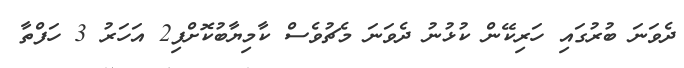
ދެވަނަ ބުރުގައި ހަރިކޭން ކުޅުނު ދެވަނަ މެޗުވެސް ކާމިޔާބުކޮށްފި2 އަހަރު 3 ހަފްތާ